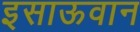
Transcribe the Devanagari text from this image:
इसाऊवान